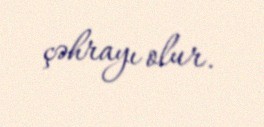
çəhrayı olur.